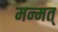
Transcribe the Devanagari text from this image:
मन्मत्